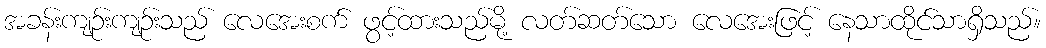
အခန်းကျဉ်းကျဉ်းသည် လေအေးစက် ဖွင့်ထားသည်မို့ လတ်ဆတ်သော လေအေးဖြင့် နေသာထိုင်သာရှိသည်။